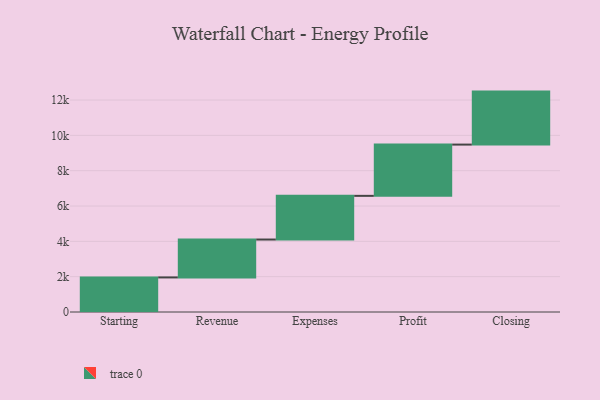
{"axis": {"x": "Step", "y": "Value"}, "legend": [""], "data": [{"x": "Starting", "y": 1957.0, "type": ""}, {"x": "Revenue", "y": 2146.0, "type": ""}, {"x": "Expenses", "y": 2473.0, "type": ""}, {"x": "Profit", "y": 2902.0, "type": ""}, {"x": "Closing", "y": 3000, "type": ""}]}